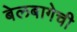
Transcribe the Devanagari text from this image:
बेलबागेची